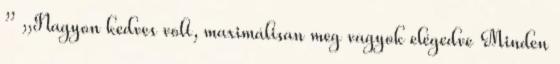
” „Nagyon kedves volt, maximálisan meg vagyok elégedve Minden